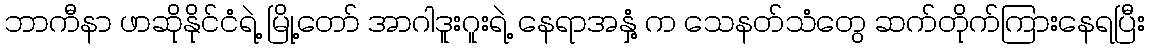
ဘာကီနာ ဖာဆိုနိုင်ငံရဲ့ မြို့တော် အာဂါဒူးဂူးရဲ့ နေရာအနှံ့ က သေနတ်သံတွေ ဆက်တိုက်ကြားနေရပြီး